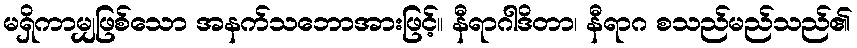
မရှိကာမျှဖြစ်သော အနက်သဘောအားဖြင့်။ နီရာဂါဒိတာ၊ နီရာဂ စသည်မည်သည်၏